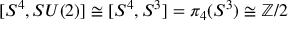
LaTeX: [ S ^ { 4 } , S U ( 2 ) ] \cong [ S ^ { 4 } , S ^ { 3 } ] = \pi _ { 4 } ( S ^ { 3 } ) \cong \mathbb { Z } / 2